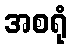
အစရုံ